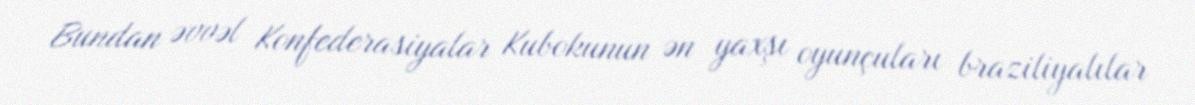
Bundan əvvəl Konfederasiyalar Kubokunun ən yaxşı oyunçuları braziliyalılar